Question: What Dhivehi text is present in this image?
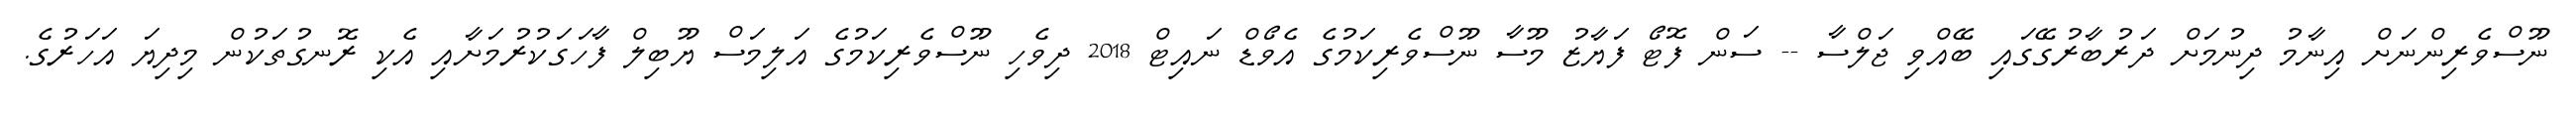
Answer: ނޫސްވެރިންނަށް އިނާމު ދިނުމަށް ދަރުބާރުގޭގައި ބޭއްވި ޖަލްސާ -- ސަން ފޮޓޯ ފަޔާޒު މޫސާ ނޫސްވެރިކަމުގެ އެވޯޑް ނައިޓް 2018 ދިވެހި ނޫސްވެރިކަމުގެ އަލިމަސް ޔޫބިލް ފާހަގަކުރުމަށާއި އެކި ރޮނގުތަކުން މިދިޔަ އަހަރުގެ.